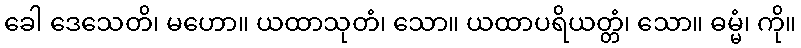
ခေါ ဒေသေတိ၊ မဟော။ ယထာသုတံ၊ သော။ ယထာပရိယတ္တံ၊ သော။ ဓမ္မံ၊ ကို။